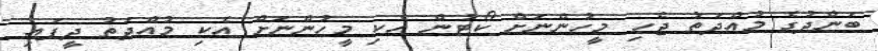
ބަންދުގެ މުއްދަތު ޖެހި މީހުންނަށް ކޯޓުން އެކި މީހުންނަށް އެކި މުއްދަތު ދީފައި